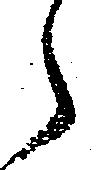
々